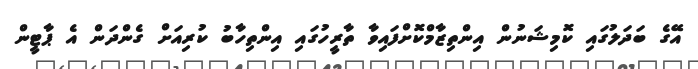
އޭގެ ބަދަލުގައި ކޮމިޝަނުން އިންތިޒާމްކޮށްފައިވާ ތާރީހުގައި އިންތިހާބު ކުރިއަށް ގެންދަން އެ ޕާޓީން